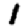
Digit: 1